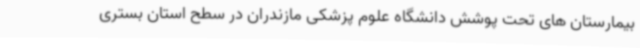
بیمارستان های تحت پوشش دانشگاه علوم پزشکی مازندران در سطح استان بستری